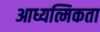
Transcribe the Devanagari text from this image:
आध्यत्मिकता